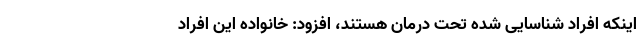
اینکه افراد شناسایی شده تحت درمان هستند، افزود: خانواده این افراد